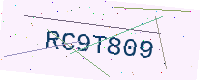
Text: RC9T809